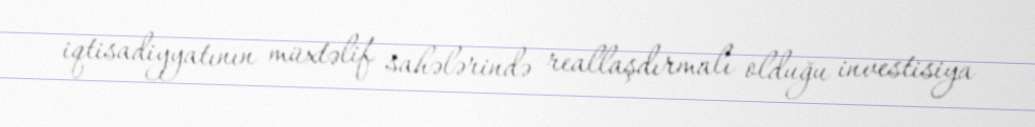
iqtisadiyyatının müxtəlif sahələrində reallaşdırmalı olduğu investisiya